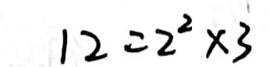
\[
12 = 2^{2} \times 3
\]